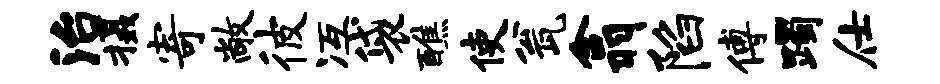
治摄寄敞彼冱袋醮使瓮翕陷傅躅仕